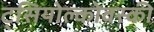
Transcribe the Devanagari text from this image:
ट्सियोल्कोवस्की